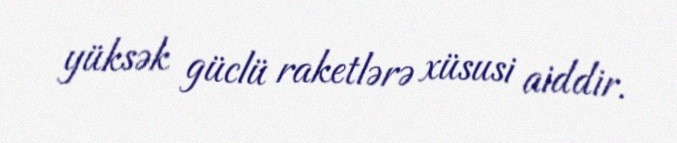
yüksək güclü raketlərə xüsusi aiddir.